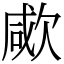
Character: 㰹